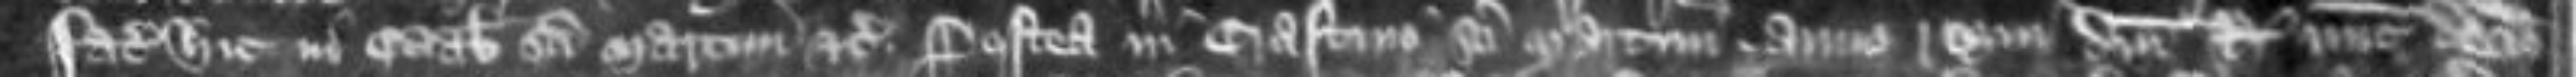
faciat hic in octabis Sancti Martini etc Postea in crastino Sancti Martini anno regni domini regis nunc decimo